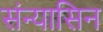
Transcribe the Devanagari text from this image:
संन्यासिन